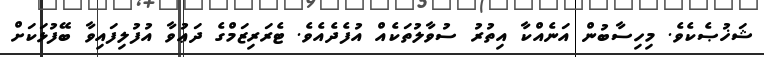
ޝަޚުޞެކެވެ. މިހިސާބުން އަނެއްކާ އިތުރު ސުވާލުތަކެއް އުފެދެއެވެ. ޓެރަރިޒަމްގެ ދަޢުވާ އުފުލިފައިވާ ބޭފުޅަކަށް